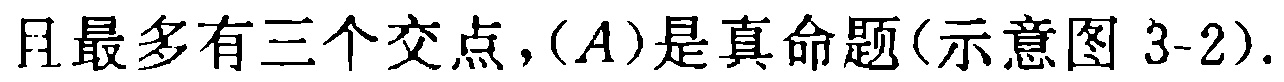
且最多有三个交点，\((A)\)是真命题(示意图 \(3\text{-}2\)).